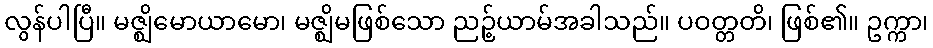
လွန်ပါပြီ။ မဇ္ဈိမောယာမော၊ မဇ္ဈိမဖြစ်သော ညဉ့်ယာမ်အခါသည်။ ပဝတ္တတိ၊ ဖြစ်၏။ ဥက္ကာ၊